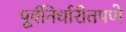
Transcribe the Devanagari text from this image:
पूर्वनिर्धारीतपणे